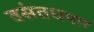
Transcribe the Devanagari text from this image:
वसंतधमार